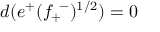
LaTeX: d ( e ^ { + } ( f _ { + } ^ { ~ - } ) ^ { 1 / 2 } ) = 0